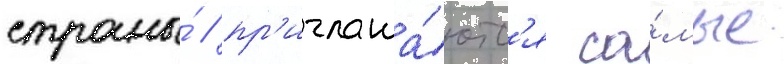
страны́ / пр'иглаша́ютс'я са́мые